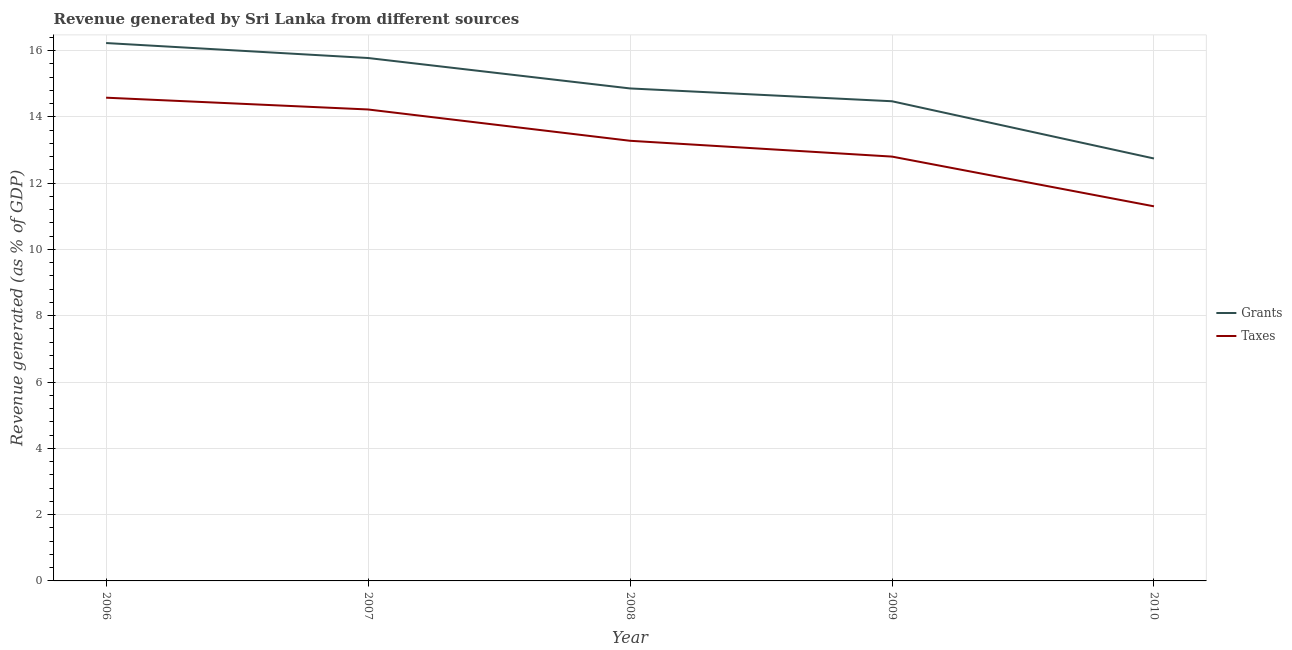
| Year | Grants | Taxes |
 | --- | --- | --- |
 | 2006 | 16.2 | 14.6 |
 | 2007 | 15.8 | 14.2 |
 | 2008 | 14.9 | 13.3 |
 | 2009 | 14.5 | 12.8 |
 | 2010 | 12.7 | 11.3 |